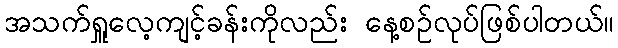
အသက်ရှူလေ့ကျင့်ခန်းကိုလည်း နေ့စဉ်လုပ်ဖြစ်ပါတယ်။